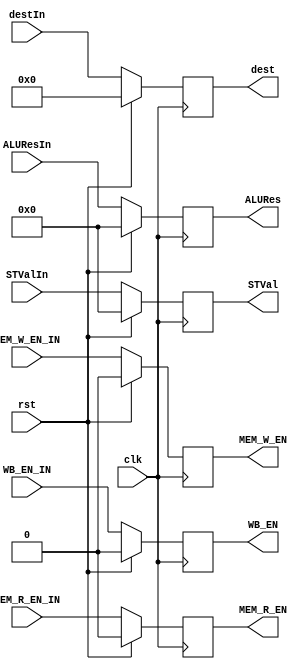


module MEM1toMEM2 (clk, rst, WB_EN_IN, MEM_R_EN_IN, MEM_W_EN_IN, ALUResIn, STValIn, destIn,
                            WB_EN,    MEM_R_EN,    MEM_W_EN,    ALURes,   STVal,   dest);
  input clk, rst;
  // TO BE REGISTERED FOR ID STAGE
  input WB_EN_IN, MEM_R_EN_IN, MEM_W_EN_IN;
  input [4:0] destIn;
  input [31:0] ALUResIn, STValIn;
  // REGISTERED VALUES FOR ID STAGE
  output reg WB_EN, MEM_R_EN, MEM_W_EN;
  output reg [4:0] dest;
  output reg [31:0] ALURes, STVal;

  always @ (posedge clk) begin
    if (rst) begin
      {WB_EN, MEM_R_EN, MEM_W_EN, ALURes, STVal, dest} <= 0;
    end
    else begin
      WB_EN <= WB_EN_IN;
      MEM_R_EN <= MEM_R_EN_IN;
      MEM_W_EN <= MEM_W_EN_IN;
      ALURes <= ALUResIn;
      STVal <= STValIn;
      dest <= destIn;
    end
  end
endmodule // MEM1toMEM2